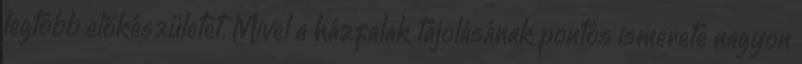
legtöbb előkészületet. Mivel a házfalak tájolásának pontos ismerete nagyon